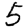
Digit: 5